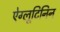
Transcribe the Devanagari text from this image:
ऐग्लूटिनिन